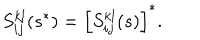
LaTeX: S _ { i j } ^ { k l } ( s ^ { * } ) = \left[ S _ { i j } ^ { k l } ( s ) \right] ^ { * } .